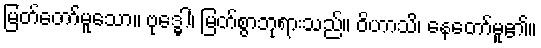
မြတ်တော်မူသော။ ဗုဒ္ဓေါ၊ မြတ်စွာဘုရားသည်။ ဝိဟာသိ၊ နေတော်မူ၏။